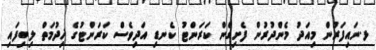
ޅ.ނައިފަރުން މިއަދު މެންދުރުން ފެށިގެން ކަރަންޓު ކެނޑި އަދިވެސް ކަރަންޓުގެ ޚިދުމަތް ލިބިފައި